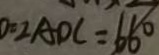
0 = \angle A D C = 6 6 ^ { \circ }